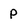
Character: P